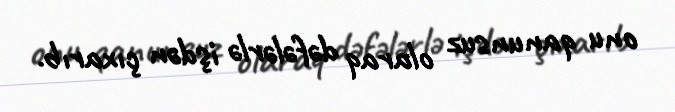
onu qanunsuz olaraq dəfələrlə işdən çıxarıb.